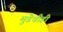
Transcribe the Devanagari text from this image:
मुंडेचीही